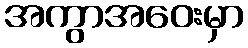
အကွာအဝေးမှာ